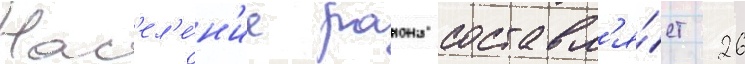
Нас'ел'е́н'ие раиона составл'я́ет 26